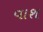
વાશ